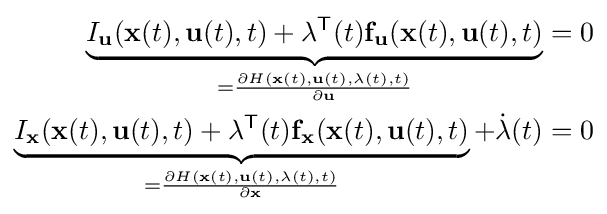
{\begin{aligned}\underbrace {I_{\mathbf {u} }(\mathbf {x} (t),\mathbf {u} (t),t)+\mathbf {\lambda } ^{\mathsf {T}}(t)\mathbf {f} _{\mathbf {u} }(\mathbf {x} (t),\mathbf {u} (t),t)} _{={\frac {\partial H(\mathbf {x} (t),\mathbf {u} (t),\mathbf {\lambda } (t),t)}{\partial \mathbf {u} }}}&=0\\\underbrace {I_{\mathbf {x} }(\mathbf {x} (t),\mathbf {u} (t),t)+\mathbf {\lambda } ^{\mathsf {T}}(t)\mathbf {f} _{\mathbf {x} }(\mathbf {x} (t),\mathbf {u} (t),t)} _{={\frac {\partial H(\mathbf {x} (t),\mathbf {u} (t),\mathbf {\lambda } (t),t)}{\partial \mathbf {x} }}}+{\dot {\mathbf {\lambda } }}(t)&=0\end{aligned}}